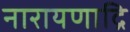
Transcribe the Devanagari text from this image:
नारायणाद्रि